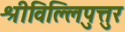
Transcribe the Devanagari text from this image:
श्रीविल्लिपुत्तुर